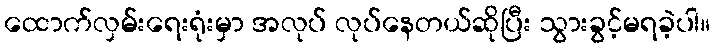
ထောက်လှမ်းရေးရုံးမှာ အလုပ် လုပ်နေတယ်ဆိုပြီး သွားခွင့်မရခဲ့ပါ။